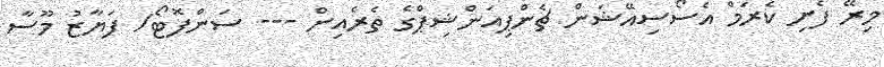
މިރޭ ފެށި ކެރަމް އެސޯސިއޭޝަން ޗެންޕިއަންޝިޕްގެ ތެރެއިން --- ސަންފޮޓޯ/ ފަޔާޒު މޫސާ